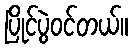
ပြိုင်ပွဲဝင်တယ်။